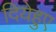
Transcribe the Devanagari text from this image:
दियेहुए